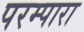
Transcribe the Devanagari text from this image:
परम्पारा